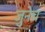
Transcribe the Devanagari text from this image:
जुनेच